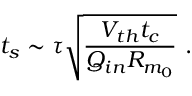
t _ { s } \sim \tau \sqrt { \frac { V _ { t h } t _ { c } } { Q _ { i n } R _ { m _ { 0 } } } } ~ .